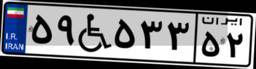
۵۷W۷۴۹۳۰